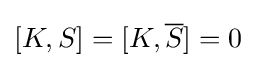
[K,S]=[K,{\overline {S}}]=0